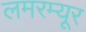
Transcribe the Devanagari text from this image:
लमरम्यूर